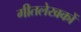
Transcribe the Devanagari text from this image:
गीतलेखकों